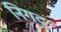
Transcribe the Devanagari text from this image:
निगद